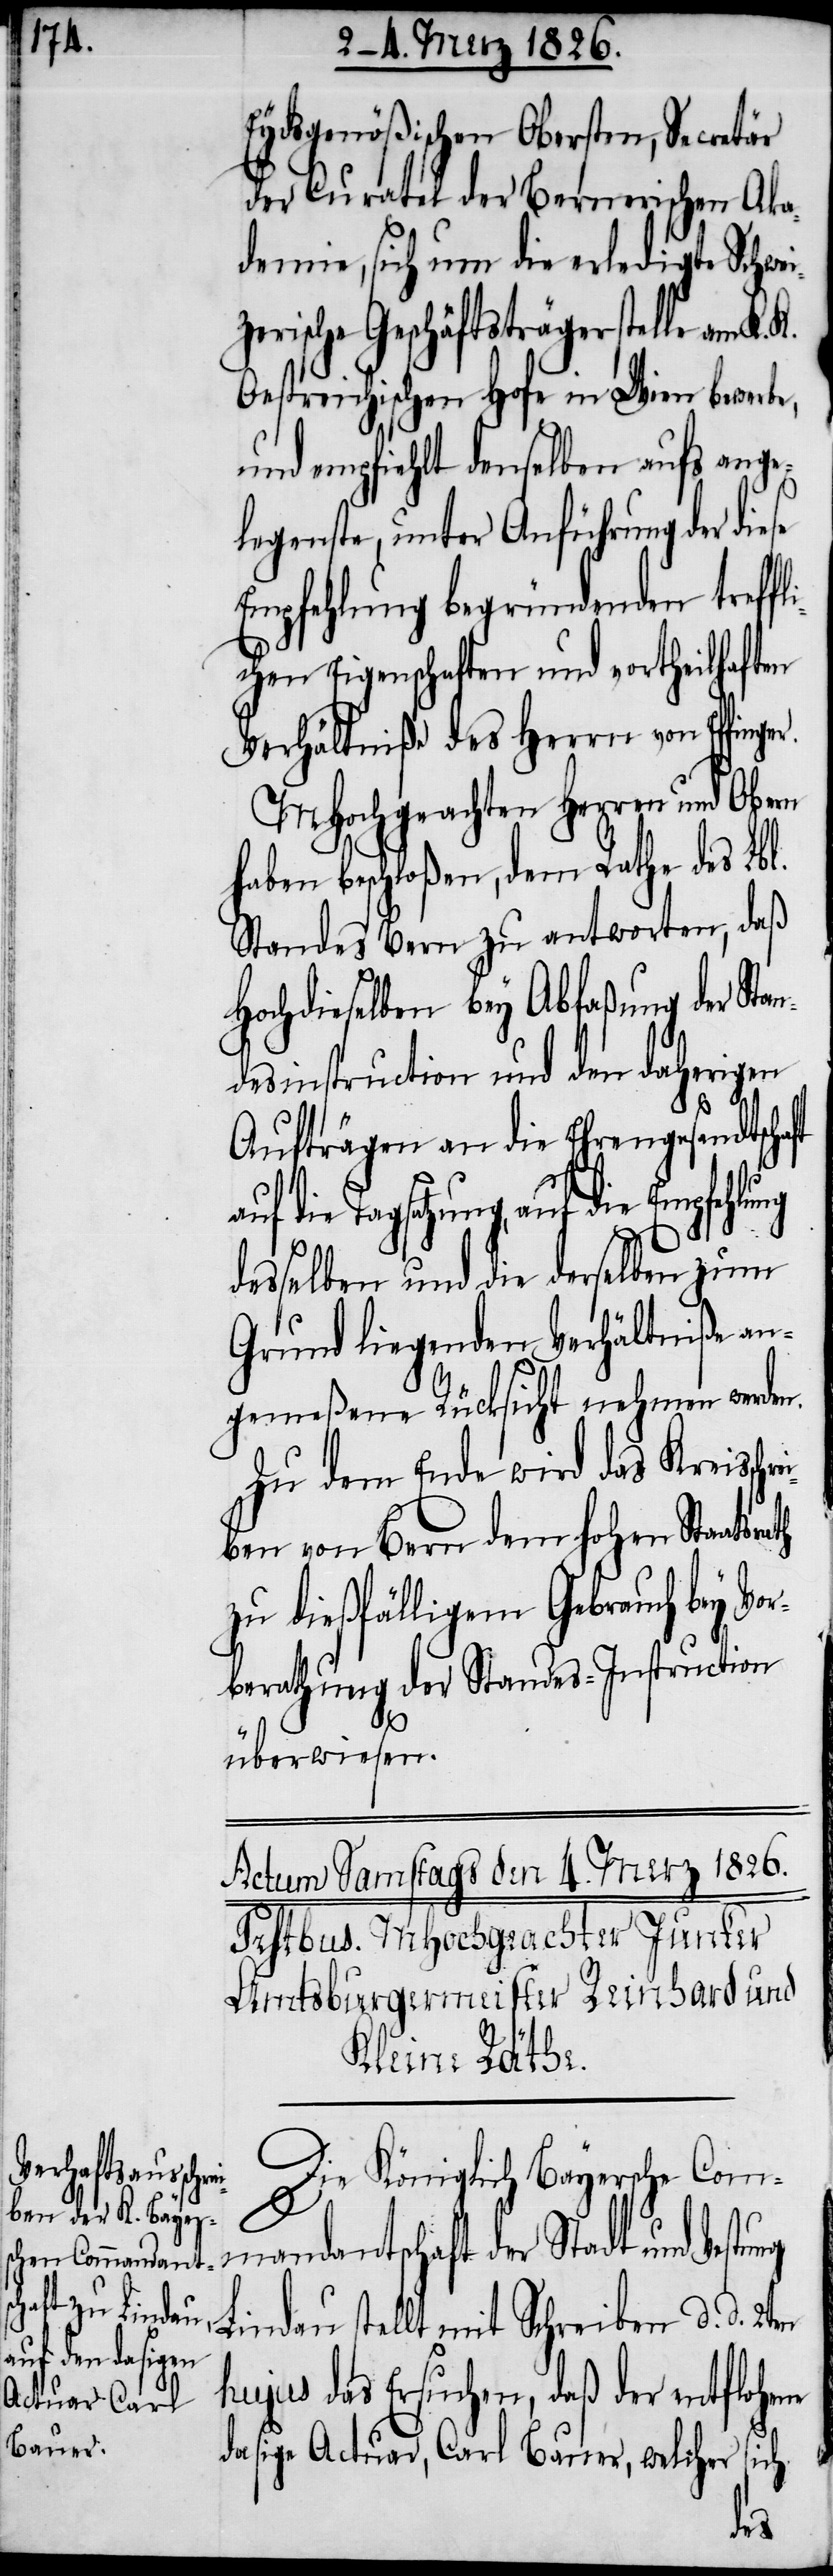
Eydsgenößischen Obersten, Secret¬
der Curatel der Bernerischen Aka¬
demie, sich um die erledigte Schwei¬
rische Geschäftsträgerstelle am K.
Oestreichischen Hofe in Wien bewerbe,
und empfiehlt denselben aufs ange¬
legenste, unter Anführung der diese
Empfehlung begründenden treff¬
lichen Eigenschaften und vortheilhaften
Verhältniße des Herrn von Effin¬
MHochgeachten Herren und Obern
haben beschloßen, dem Rathe des Lbl.
Standes Bern zu antworten, daß
Hochdieselben bey Abfaßung der Sta¬
ndesinstruction und den daherigen
ng
Aufträgen an die Ehrengesandtscha¬
uf die Tagsatzung auf die Empfehlung
desselben und die derselben zum
Grund liegenden Verhältniße an¬
gemeßene Rücksicht nehmen werden.
Zu dem Ende wird das Kreisschr¬
ben von Bern dem hohen Staatsrath
zu dießfälligem Gebrauch bey Vor¬
berathung der Standes-Instruction
überwiesen.
Die Königlich Bayersche Com¬
mandantschaft der Stadt und Vestu¬
Lindau stellt mit Schreiben d. d.
hujus das Ersuchen, daß der entflohene
dasige Actuar, Carl Bauer, welcher sich
ei¬